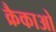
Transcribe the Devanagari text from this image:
क्रैकाओ